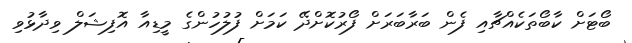
ބޯޓަށް ކާބޯތަކެއްޗާއި ފެން ބަރާބަރަށް ފޯރުކޮށްދޭ ކަމަށް ފުލުހުންގެ މީޑިއާ އޮފިޝަލް ވިދާޅުވި